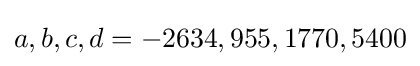
a,b,c,d=-2634,955,1770,5400